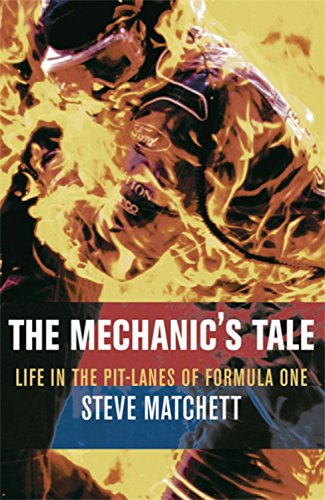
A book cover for The Mechanic's Tale: Life in the Pit-Lanes of Formula One; Steve Matchett; Engineering & Transportation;